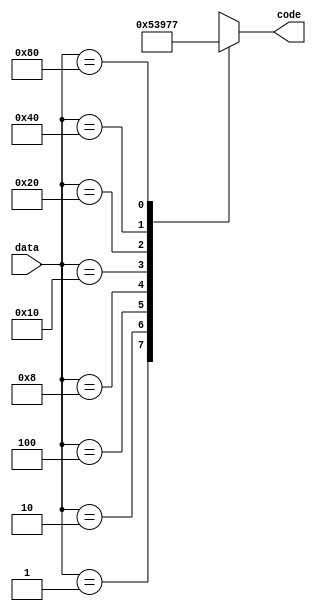
module Encoder8x3(output reg [2:0] code, input [7:0] data);

    always @(*) begin
        case(data)
            8'b0000_0001: code = 3'd0;
            8'b0000_0010: code = 3'd1;
            8'b0000_0100: code = 3'd2;
            8'b0000_1000: code = 3'd3;
            8'b0001_0000: code = 3'd4;
            8'b0010_0000: code = 3'd5;
            8'b0100_0000: code = 3'd6;
            8'b1000_0000: code = 3'd7;
            default: code = 3'bx;
        endcase     
    end

endmodule